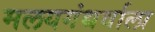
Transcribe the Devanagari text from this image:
मलयगंधर्वाला